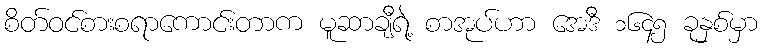
စိတ်ဝင်စားစရာကောင်းတာက မူဆာချီရဲ့ စာအုပ်ဟာ အေဒီ ၁၆၄၅ ခုနှစ်မှာ